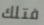
فتلك